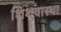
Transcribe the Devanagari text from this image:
शिशुवास्था